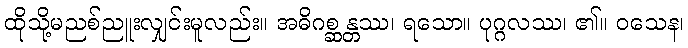
ထိုသို့မညစ်ညူးလျှင်းမူလည်း။ အဓိဂစ္ဆန္တဿ၊ ရသော။ ပုဂ္ဂလဿ၊ ၏။ ဝသေန၊